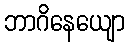
ဘာဂိနေယျော